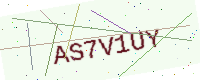
Text: AS7V1UY